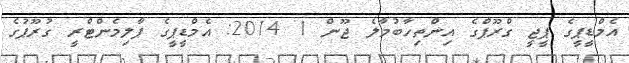
އެމްޑީޕީގެ ޕީޖީ ގްރޫޕްގެ އިންތިހާބުމާލެ ޖޫން 1 2014: އެމްޑީޕީގެ ޕާލިމެންޓްރީ ގުރޫޕުގެ